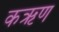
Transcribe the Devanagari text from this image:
कऋण